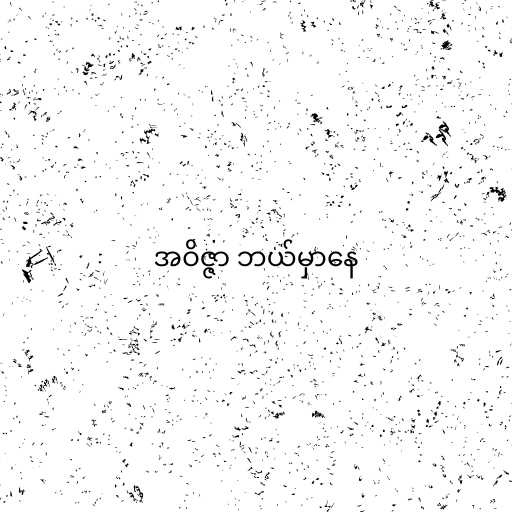
အဝိဇ္ဇာ ဘယ်မှာနေ